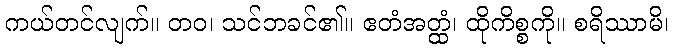
ကယ်တင်လျက်။ တဝ၊ သင်ဘခင်၏။ ဧတံအတ္ထံ၊ ထိုကိစ္စကို။ စရိဿာမိ၊